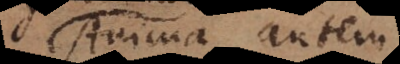
Anima autem